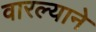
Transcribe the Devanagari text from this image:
वारल्याने